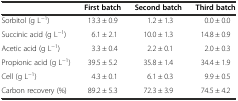
|  | First batch | Second batch | Third batch |
 | --- | --- | --- | --- |
 | Sorbitol (g L−1) | 13.3 ± 0.9 | 1.2 ± 1.3 | 0.0 ± 0.0 |
 | Succinic acid (g L−1) | 6.1 ± 2.1 | 10.0 ± 1.3 | 14.8 ± 0.9 |
 | Acetic acid (g L−1) | 3.3 ± 0.4 | 2.2 ± 0.1 | 2.0 ± 0.3 |
 | Propionic acid (g L−1) | 39.5 ± 5.2 | 35.8 ± 1.4 | 34.4 ± 1.9 |
 | Cell (g L−1) | 4.3 ± 0.1 | 6.1 ± 0.3 | 9.9 ± 0.5 |
 | Carbon recovery (%) | 89.2 ± 5.3 | 72.3 ± 3.9 | 74.5 ± 4.2 |